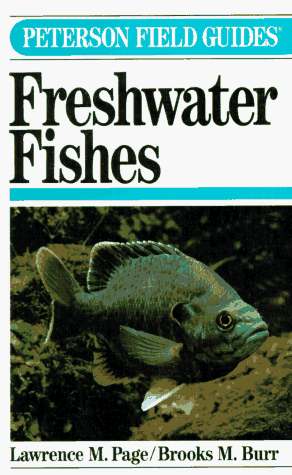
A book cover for Peterson Field Guide(R) to Freshwater Fishes: North America (The Peterson Field Guide Series); Lawrence M. Page; Sports & Outdoors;